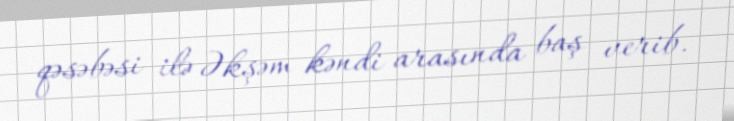
qəsəbəsi ilə Əkşəm kəndi arasında baş verib.